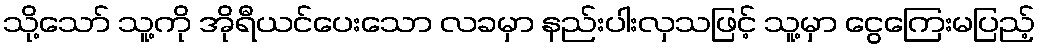
သို့သော် သူ့ကို အိုရီယင်ပေးသော လခမှာ နည်းပါးလှသဖြင့် သူ့မှာ ငွေကြေးမပြည့်